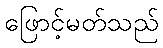
ဖြောင့်မတ်သည်